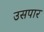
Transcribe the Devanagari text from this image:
उसपार